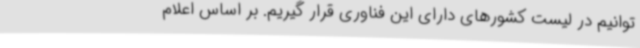
‌توانیم در لیست کشورهای دارای این فناوری قرار گیریم. بر اساس اعلام